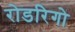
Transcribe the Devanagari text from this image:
रोडरिगो